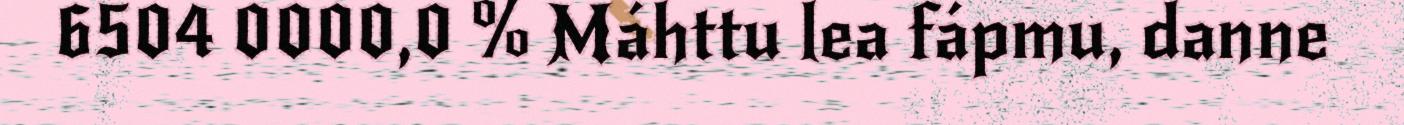
6504 0000,0 % Máhttu lea fápmu, danne